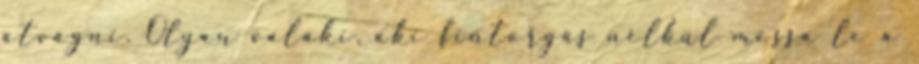
átvágni. Olyan valaki, aki fintorgás nélkül mossa le a